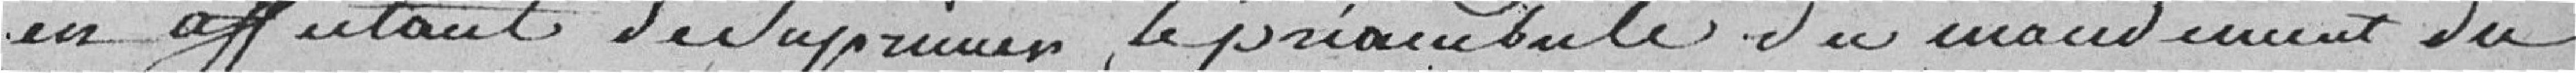
en affectant de supprimer le préambule du mandatement du